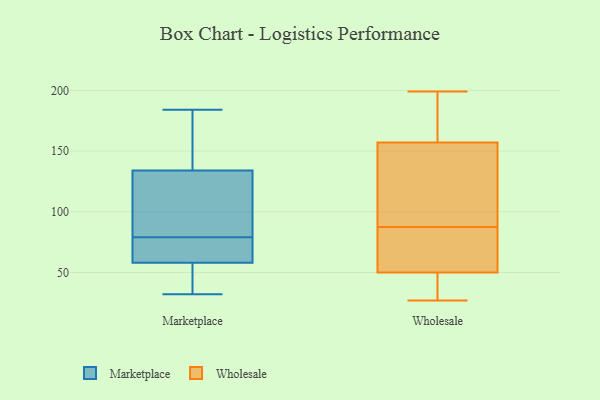
{"axis": {"x": "Page Views", "y": "Value"}, "legend": ["Marketplace", "Wholesale"], "data": [{"x": "", "y": 107, "type": "Marketplace"}, {"x": "", "y": 61, "type": "Marketplace"}, {"x": "", "y": 112, "type": "Marketplace"}, {"x": "", "y": 138, "type": "Marketplace"}, {"x": "", "y": 75, "type": "Marketplace"}, {"x": "", "y": 176, "type": "Marketplace"}, {"x": "", "y": 134, "type": "Marketplace"}, {"x": "", "y": 58, "type": "Marketplace"}, {"x": "", "y": 42, "type": "Marketplace"}, {"x": "", "y": 32, "type": "Marketplace"}, {"x": "", "y": 83, "type": "Marketplace"}, {"x": "", "y": 54, "type": "Marketplace"}, {"x": "", "y": 184, "type": "Marketplace"}, {"x": "", "y": 62, "type": "Marketplace"}, {"x": "", "y": 27, "type": "Wholesale"}, {"x": "", "y": 43, "type": "Wholesale"}, {"x": "", "y": 39, "type": "Wholesale"}, {"x": "", "y": 171, "type": "Wholesale"}, {"x": "", "y": 143, "type": "Wholesale"}, {"x": "", "y": 49, "type": "Wholesale"}, {"x": "", "y": 191, "type": "Wholesale"}, {"x": "", "y": 121, "type": "Wholesale"}, {"x": "", "y": 71, "type": "Wholesale"}, {"x": "", "y": 193, "type": "Wholesale"}, {"x": "", "y": 199, "type": "Wholesale"}, {"x": "", "y": 51, "type": "Wholesale"}, {"x": "", "y": 59, "type": "Wholesale"}, {"x": "", "y": 51, "type": "Wholesale"}, {"x": "", "y": 107, "type": "Wholesale"}, {"x": "", "y": 104, "type": "Wholesale"}]}